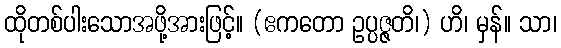
ထိုတစ်ပါးသောအဖို့အားဖြင့်။ (ဧကတော ဥပ္ပဇ္ဇတိ၊) ဟိ၊ မှန်။ သာ၊